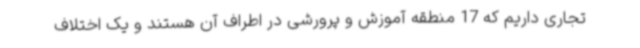
تجاری داریم که 17 منطقه آموزش و پرورشی در اطراف آن هستند و یک اختلاف